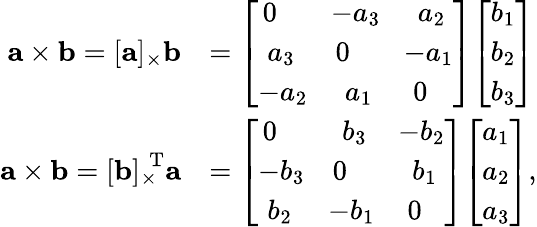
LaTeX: {\begin{array}{rl}{\mathbf{a}\times\mathbf{b}=[\mathbf{a}]_{\times}\mathbf{b}}&{={\left[\begin{array}{lll}{\, 0}&{\! -a_{3}}&{\, \, a_{2}}\\ {\, \, a_{3}}&{0}&{\! -a_{1}}\\ {-a_{2}}&{\, \, a_{1}}&{\, 0}\end{array}\right]}{\left[\begin{array}{l}{b_{1}}\\ {b_{2}}\\ {b_{3}}\end{array}\right]}}\\ {\mathbf{a}\times\mathbf{b}={[\mathbf{b}]_{\times}}^{\mathrm{\! \! T}}\mathbf{a}}&{={\left[\begin{array}{lll}{\, 0}&{\, \, b_{3}}&{\! -b_{2}}\\ {-b_{3}}&{0}&{\, \, b_{1}}\\ {\, \, b_{2}}&{\! -b_{1}}&{\, 0}\end{array}\right]}{\left[\begin{array}{l}{a_{1}}\\ {a_{2}}\\ {a_{3}}\end{array}\right]},}\end{array}}